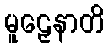
မူဠှေနာတိ